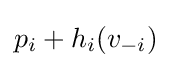
p_{i}+h_{i}(v_{-i})